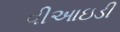
વીઆઇડી